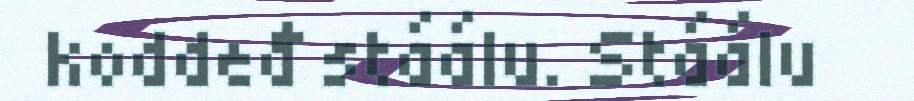
koddeđ stáálu. Stáálu